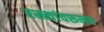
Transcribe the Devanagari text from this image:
रस्त्यांवरूनच